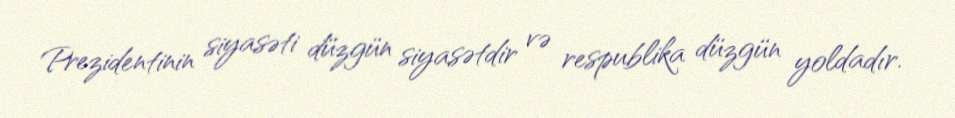
Prezidentinin siyasəti düzgün siyasətdir və respublika düzgün yoldadır.